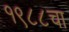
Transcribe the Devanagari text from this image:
१९८८चा